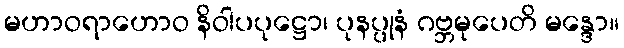
မဟာဝရာဟောဝ နိဝါပပုဋ္ဌော၊ ပုနပ္ပုနံ ဂဗ္ဘမုပေတိ မန္ဒော။